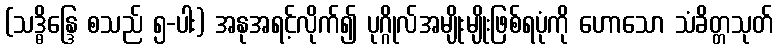
(သဒ္ဓိန္ဒြေ စသည် ၅-ပါး) အနုအရင့်လိုက်၍ ပုဂ္ဂိုလ်အမျိုးမျိုးဖြစ်ရပုံကို ဟောသော သံခိတ္တသုတ်